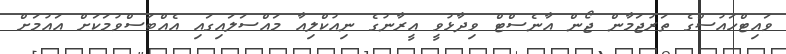
ވައިޓްހައުސްގެ ތަރުޖަމާން ޖޯން އާނެސްޓް ވިދާޅުވީ އީރާނުގެ ނިއުކްލިއާ މައްސަލައިގައި އެއްބަސްވުމަކަށް އައުމަށް